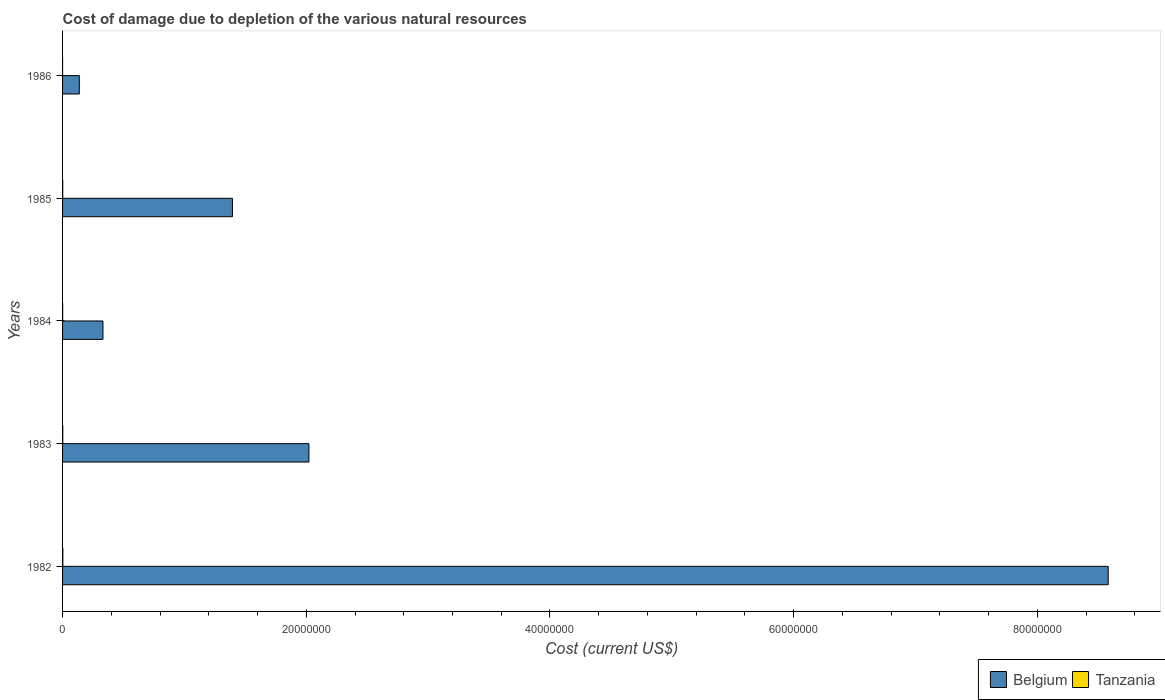
| Years | Belgium | Tanzania |
 | --- | --- | --- |
 | 1982 | 8.58e+07 | 2.12e+04 |
 | 1983 | 2.02e+07 | 1.63e+04 |
 | 1984 | 3.32e+06 | 6.14e+03 |
 | 1985 | 1.39e+07 | 1.28e+04 |
 | 1986 | 1.37e+06 | 129 |